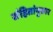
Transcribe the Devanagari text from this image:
संहितांनुसार